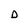
Character: D